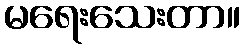
မရေးသေးတာ။